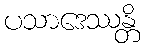
ပသာဒေဿန္တိ